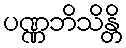
ပဏ္ဏဘိသိန္တိ